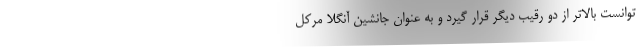
توانست بالاتر از دو رقیب دیگر قرار گیرد و به عنوان جانشین آنگلا مرکل